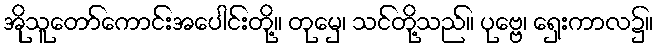
အိုသူတော်ကောင်းအပေါင်းတို့။ တုမှေ၊ သင်တို့သည်။ ပုဗ္ဗေ၊ ရှေးကာလ၌။